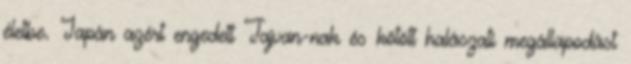
életbe. Japán azért engedett Tajvan-nak és kötött halászati megállapodást